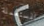
المستعملة